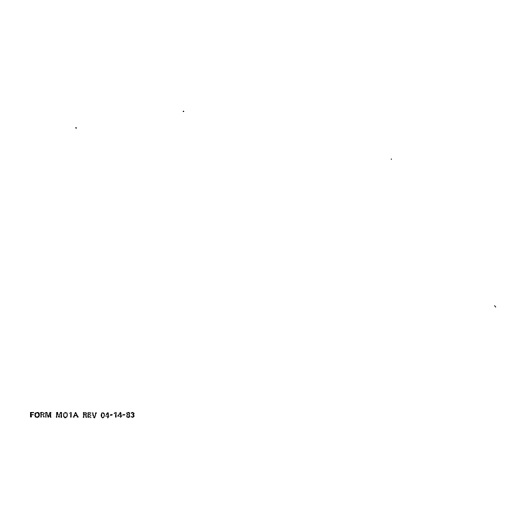
FORM MO1A REV 04-14-83